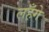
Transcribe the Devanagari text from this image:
लहँगे